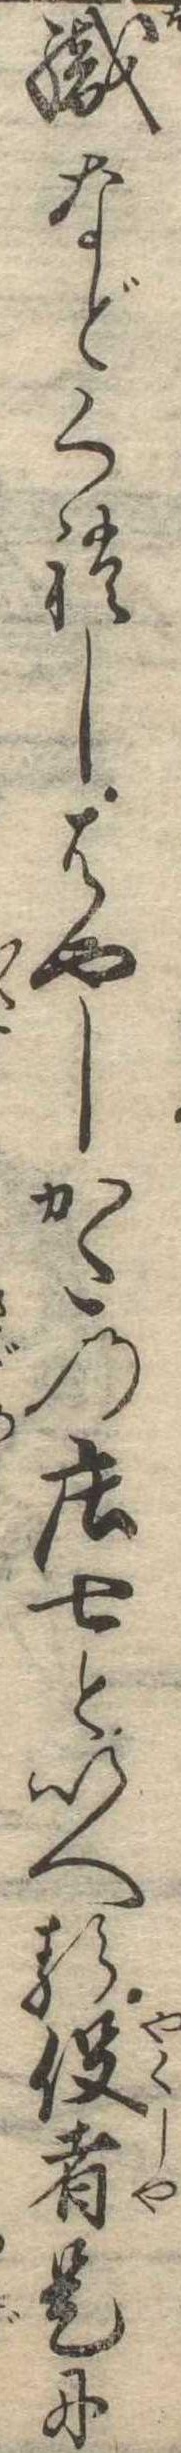
織などくれしはやしかたの荘七といへる役者是に